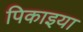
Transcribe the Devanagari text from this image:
पिकाइया